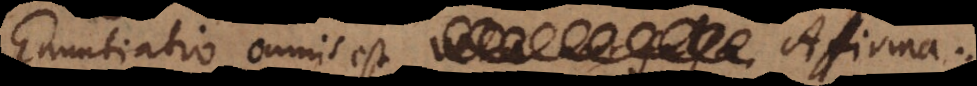
Enuntiatio omnis est vera